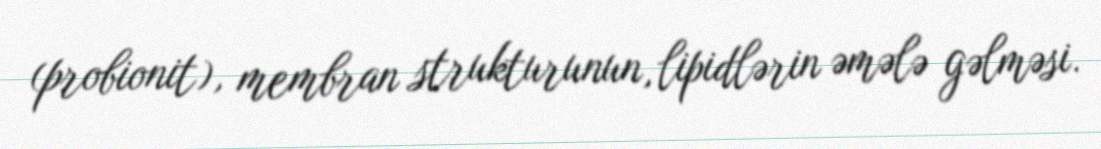
(probionit), membran strukturunun, lipidlərin əmələ gəlməsi.